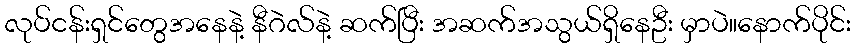
လုပ်ငန်းရှင်တွေအနေနဲ့ နီဂဲလ်နဲ့ ဆက်ပြီး အဆက်အသွယ်ရှိနေဦး မှာပဲ။နောက်ပိုင်း